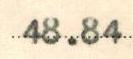
48.84